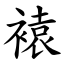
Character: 褤